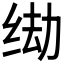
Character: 𫄦